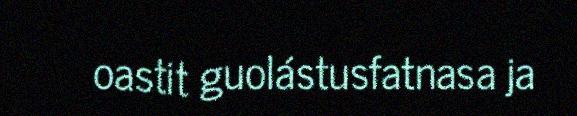
oastit guolástusfatnasa ja